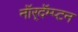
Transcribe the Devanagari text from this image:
नॉर्‌दॅम्प्टन